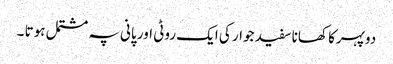
دوپہرکا کھانا سفید جوار کی ایک روٹی اور پانی پہ مشتمل ہوتا ۔